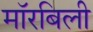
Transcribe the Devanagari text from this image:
मॉरबिली